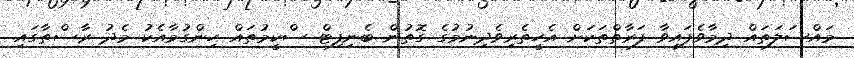
މައްސަލަތައް ދިމާވެފައިވާ ފަރާތްތަކަށް އެހީތެރިވެދިނުމުގެ ގޮތުން ބެނިފިޓް ސްކީމުތައް ހިންގުމާއެކު މެދު ރާސްތާގައި